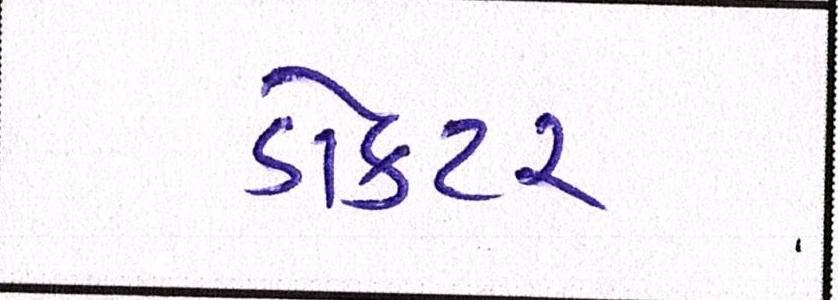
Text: ડોકટર